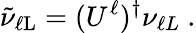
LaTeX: \tilde{\nu}_{\ell\mathrm{L}}=(U^{\ell})^{\dagger}\nu_{\ell L}~.